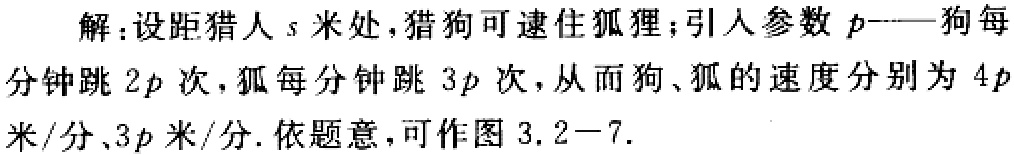
解：设距猎人\(s\)米处，猎狗可逮住狐狸；引入参数\(p\)——狗每分钟跳\(2p\)次，狐每分钟跳\(3p\)次，从而狗、狐的速度分别为\(4p\)米/分、\(3p\)米/分. 依题意，可作图3.2 - 7.